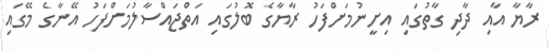
ރާޔާ އާއި ދާދި ގާތުގައި އިށީނުމަށްފަހު ރާޔާގެ ބޮލުގައި އަތްޖައްސާލުމަށްފަހު އޭނާގެ މޭގައި